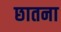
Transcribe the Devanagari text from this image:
छातना